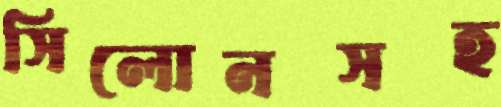
সিলোনসহ